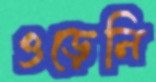
ওড়েনি